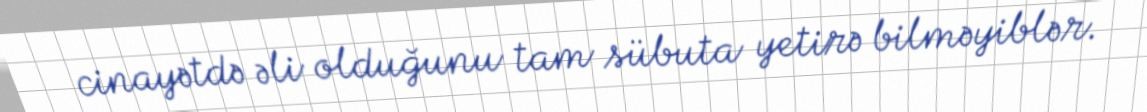
cinayətdə əli olduğunu tam sübuta yetirə bilməyiblər.